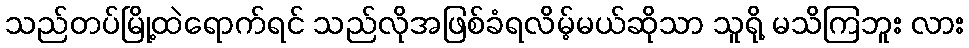
သည်တပ်မြို့ထဲရောက်ရင် သည်လိုအဖြစ်ခံရလိမ့်မယ်ဆိုသာ သူရို့ မသိကြဘူး လား